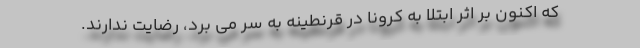
که اکنون بر اثر ابتلا به کرونا در قرنطینه به سر می برد، رضایت ندارند.